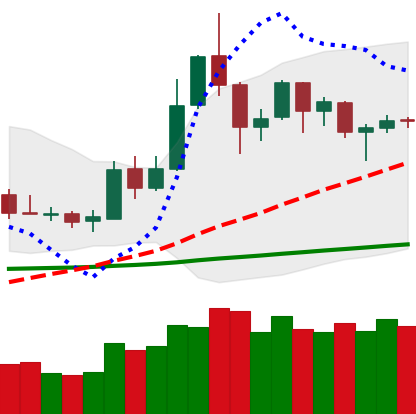
Ticker: DOGE-USD
Chart end date: 2019-05-25
Forward return: 8.927%
Label: up_7plus